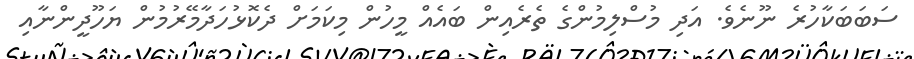
ސަބަބަކާހުރެ ނޫނެވެ. އަދި މުސްލިމުންގެ ތެރެއިން ބައެއް މީހުން މިކަމަށް ދެކޮޅުހަދާމޭރުމުން ޔަހޫދީންނާއި